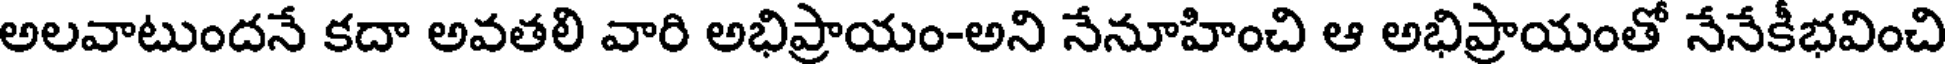
అలవాటుందనే కదా అవతలి వారి అభిప్రాయం-అని నేనూహించి ఆ అభిప్రాయంతో నేనేకీభవించి